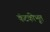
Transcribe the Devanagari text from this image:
कंटकीभूत